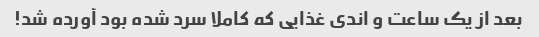
بعد از یک ساعت و اندی غذایی که کاملا سرد شده بود آورده شد!